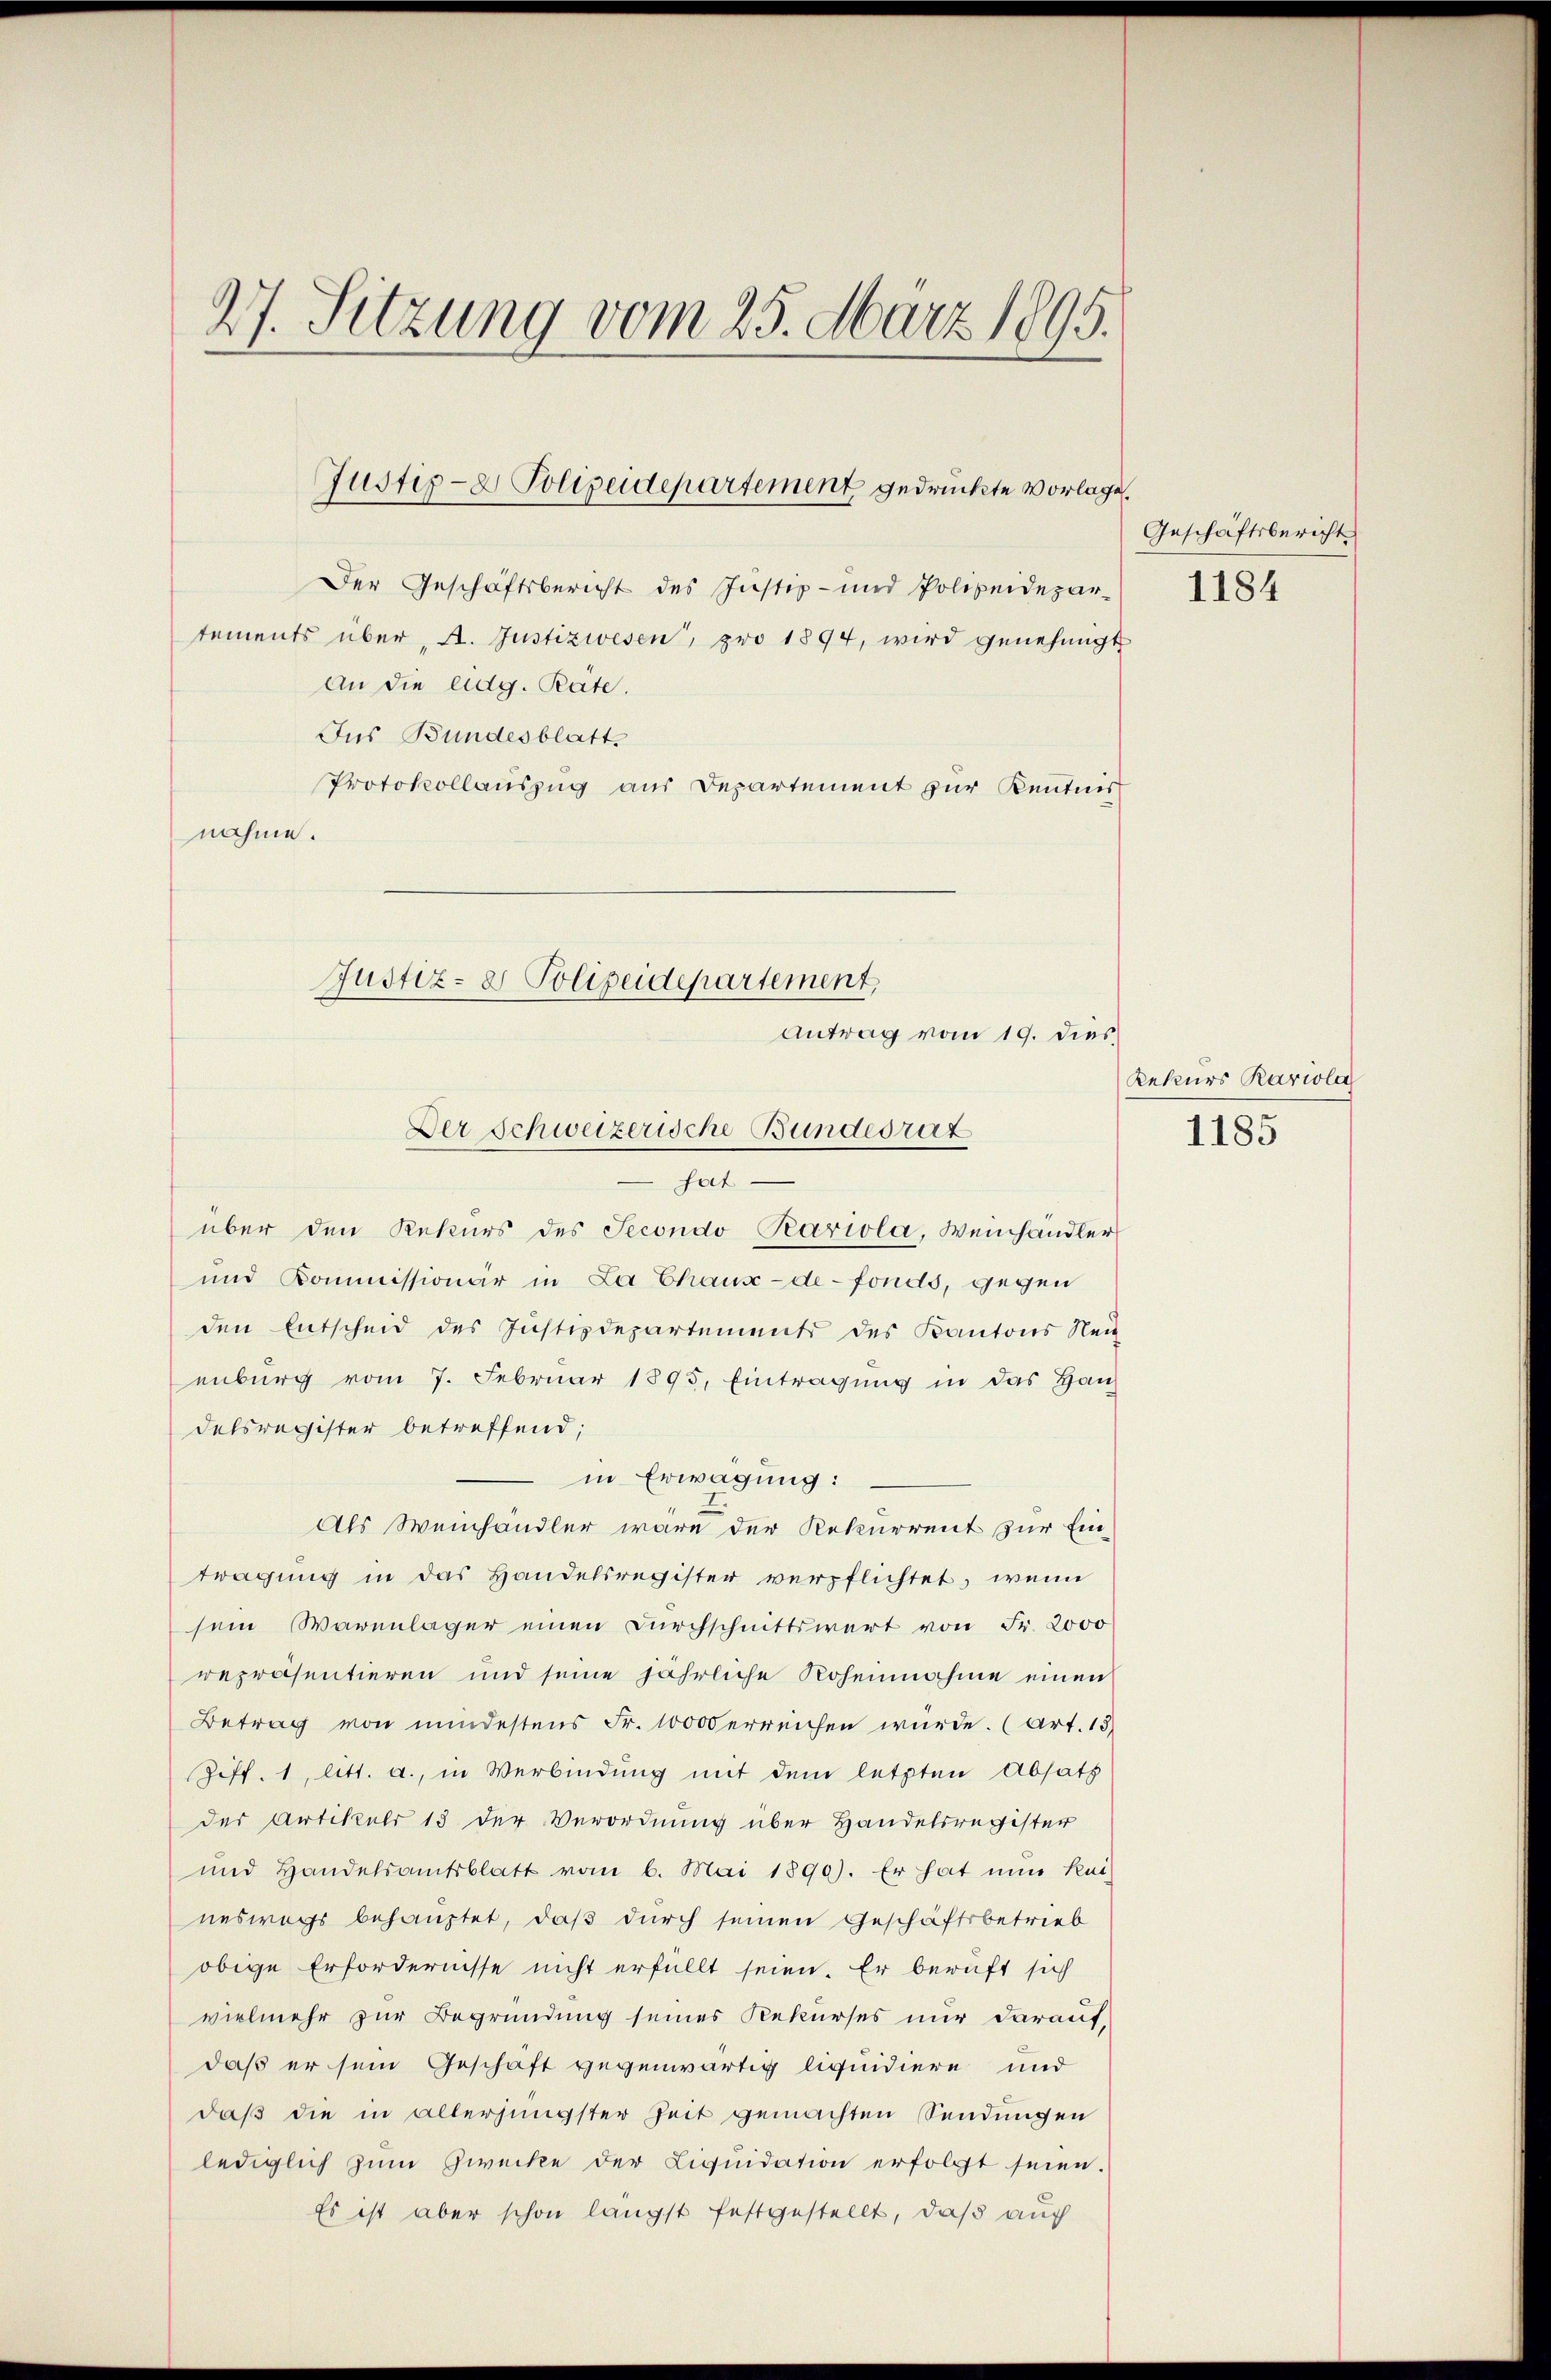
27. Sitzung vom 25. März 1895.

An die eidg. Räte.
Jus Bundesblatt
nahme.

Justiz- & Polizeidepartement gedruckte Vorlage.

Der Geschäftsbericht des Justiz- und Polizeidepar- 1184
tements über, A. Justizwesen, pro 1894, wird genehmigt
Protokollauszug aus Departement zur Kenntnis

hat
über den Rekurs des Secondo Pariola, Weinhändler
und Kommissionär in La Chaux-de-Fonds, gegen
den Entscheid des Justizdepartements des Kantons Neu
enburg vom 7. Februar 1895. Eintragung in das Haus
delsregister betreffend;
in Erwägung:
Als Weinhändler wäre der Rekurrent zur Eintragung in das Handelsregister verpflichtet, wenn
sem Warenlager einen Durchschnittswert von Fr. 2000
repräsentieren und seine jährliche Rohennahme einen
Betrag von mindestens Fr. 10000 erreichen würde. (Art. 13
Ziff. 1, litt. a., in Verbindung mit dem letzten Absatz
des Artikulr 13 der Verordnung über Handelsregister
und Handelsamtsblatt vom 6. Mai 1890). Er hat nun kat
neswegs behauptet, daß durch seinen Geschäftsbetrieb
obige Erfordernisse nicht erfüllt seien. Er beruft sich
vielmehr zur Begründung seines Rekurses nur darauf,
daß er sein Geschaft gegenwärtig liquidiere und
daß die in allerjüngster Zeit gemachten Sendungen
lediglich zum Zwecke der Liquidation erfolgt seien.
Es ist aber schon längst festgestellt, daß auch

Antrag vom 19. dies
Der Schweizerische Bundesrat

Justiz- & Polizeidepartement,

Geschäftsbericht

Rekurs Kariola
1185